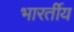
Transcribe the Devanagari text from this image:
भारर्तीय